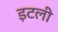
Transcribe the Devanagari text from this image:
इटली